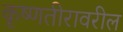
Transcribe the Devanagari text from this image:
कृष्णतीरावरील